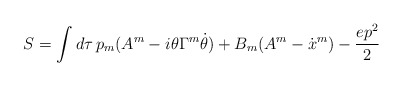
\begin{align*}S=\int d\tau\,p_m(A^m-i\theta\Gamma^m\dot\theta)+B_m(A^m-\dot x^m)-\frac{ep^2}{2}\end{align*}